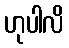
ဟုပါလိ